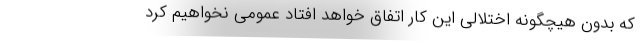
که بدون هیچگونه اختلالی این کار اتفاق خواهد افتاد عمومی نخواهیم کرد